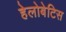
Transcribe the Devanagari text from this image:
हेलोबेटिस